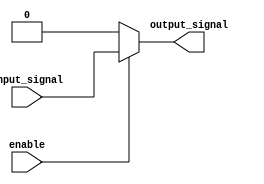
module buffer_with_enable(
    input wire input_signal,
    input wire enable,
    output reg output_signal
);

always @(input_signal, enable)
begin
    if(enable)
        output_signal = input_signal;
    else
        output_signal = 1'b0;
end

endmodule